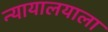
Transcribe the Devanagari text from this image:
न्यायालयाला